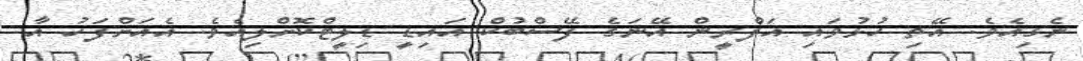
ނެގިއެވެ. އޭތި ހުޅުވައި އަފްރީން އޭނަގެ ފޭސްބުކް އައިޑީ ޑިލީޓްކޮށްލިއެވެ. އެއަށްފަހު އާ